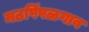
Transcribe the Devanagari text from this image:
मठपिंपळगाव